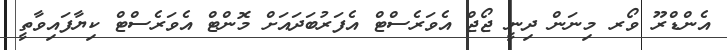
އެންޑްރޫ ވޯރ މިނަން ދިނީ ޖޯޖް އެވަރެސްޓް އެފަރުބަދައަށް މޮންޓް އެވަރެސްޓް ކިޔާފައިވާތީ